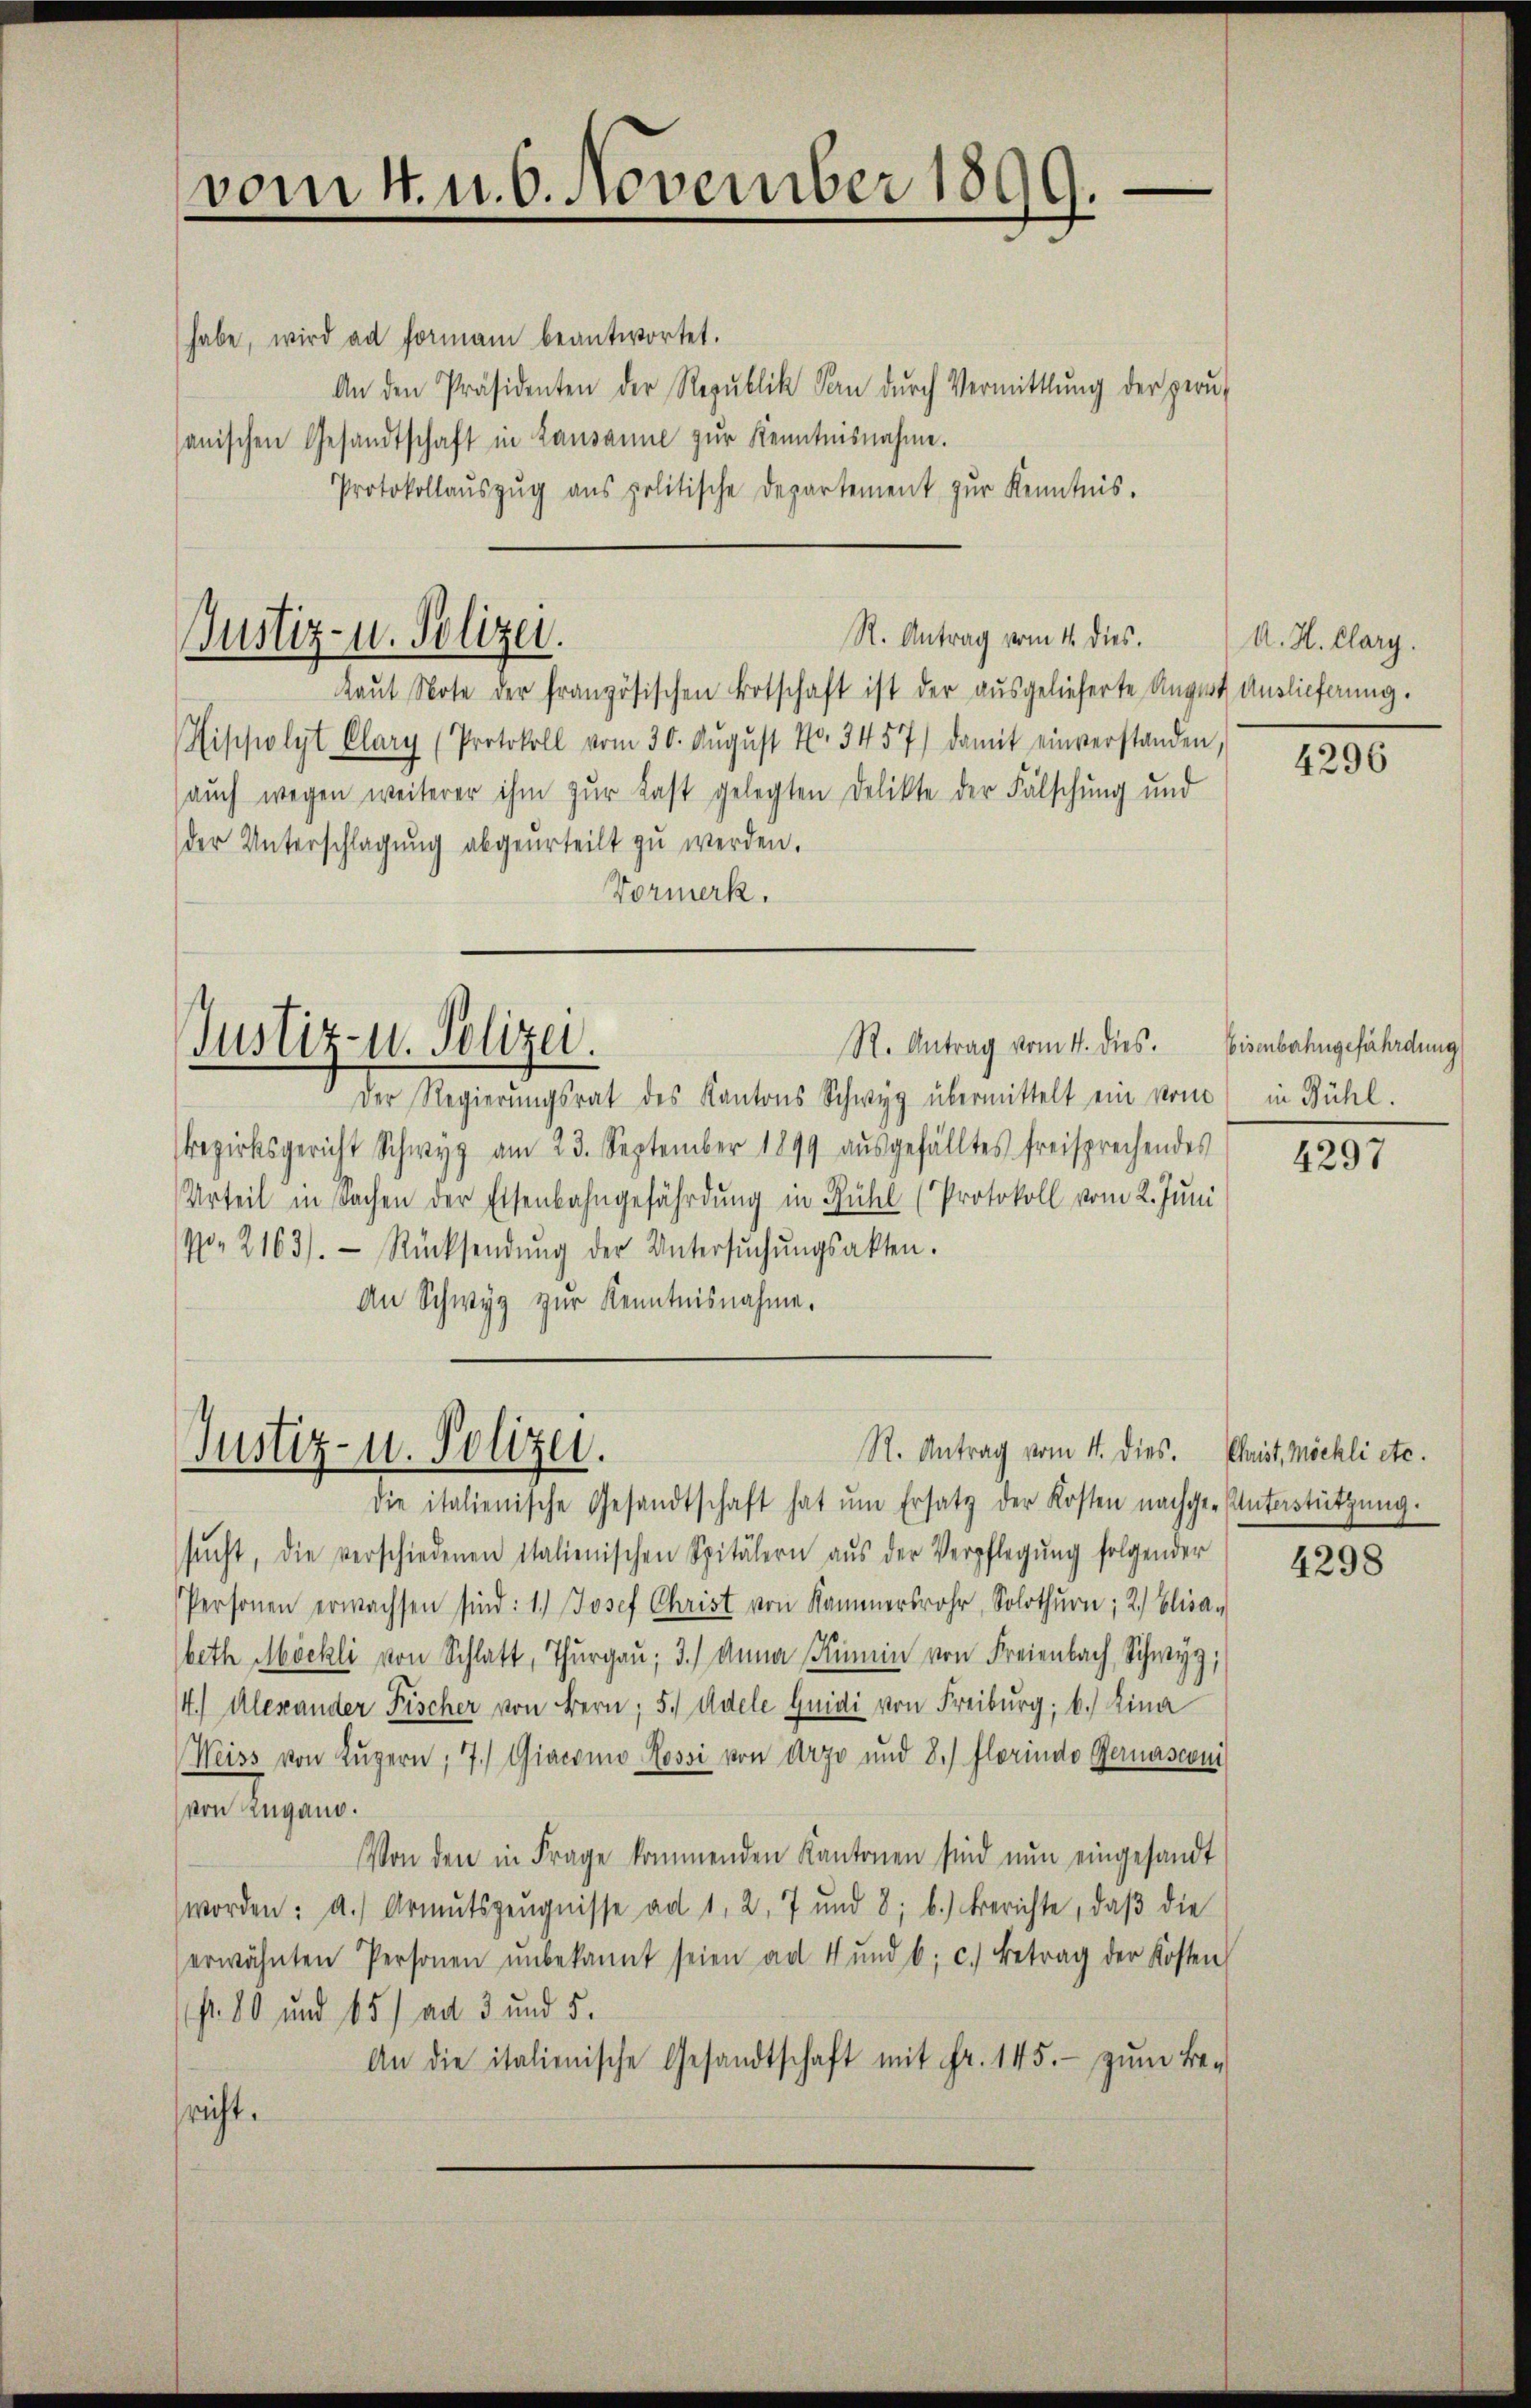
vom 4. d. 6. November 1899.
J

Justiz- u. Polizei.

Justiz- u. Polizei.

habe, wird ad formani beantwortet.
An den Präsidenten der Republik an dŭrch Vermittlung der geru
sanischen Gesandtschaft in Lausanne zur Kenntnisnahme.
Protokollaŭszŭg ans politische Departement zŭr Kenntnis.
R. Antrag vom 4. dies.
Raŭt Note der französischen Botschaft ist der ausgelieferte Angert Auslieferung.
Hippolyt Clary (Protokoll vom 30. Aŭgŭst No. 3457) damit einverstanden,
aŭch wegen weiterer ihm zŭr Last gelegten Delikte der Fälschung und
der Unterschlagung abgeurteilt zu werden.
Vormerk.

Der Regierungsrat des Kantons Schwyz übermittelt ein vom in Bühl.
Bezirksgericht Schwyz am 23. September 1899 aŭsgefälltes freisprechendes
Urteil in Sachen der Eisenbahngefährdung in Fühl (Protokoll vom 2. Juni
No. 2163). Rücksendŭng der Untersŭchŭngsakten.
An Schwyz zur Kenntnisnahme.

R. Antrag vom 4. dies. Eisenbahngefährdung

R. Antrag vom 4. dies. Christ, möchli etc.
Justiz- u. Polizei.

A. H. Clarg.

die italienische Gesandtschaft hat ŭm Ersatz der Kosten nachge-Unterstützŭng.
sŭcht, die verschiedenen Italienischen Spitälern aŭs der Verpflegŭng folgender
Personen erwachsen sind: 1.) Josef Christ von Kammersrohr, Solothurn; 2) Elisa-
beth Möckli von Schlatt, Thŭrgaŭ; 3.) Anna Kein von Freienbach Schwyz,
14.) Alexander Fischer von Bern; 5. Adele Quidi von Freiburg; b.) Lina
Weiss von Lŭzern, 7./ Giacomo Rossi von Arzt und 8.) Florindo Bernasconi
von Zugano.
Von den in Frage kommenden Kantonen sind nun eingesandt
worden: a.) Armutszeŭgnisse ad 1, 2, 7 und 8; b.) Berichte, daβ die
erwähnten Personen unbekannt seien ad 4 und 6; c.) Betrag der Kosten
fr. 80 und 15) ad 3 und 5.
An die italienische Gesandtschaft mit Fr. 145.- zŭm Be-
sricht.

4296

4297

4298